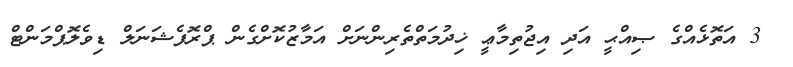
3 އަތޮޅެއްގެ ޞިއްޙީ އަދި އިޖުތިމާޢީ ޚިދުމަތްތެރިންނަށް އަމާޒުކޮށްގެން ޕްރޮފެޝަނަލް ޑިވެލޮޕްމަންޓް